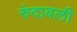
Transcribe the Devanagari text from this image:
रुंदावली